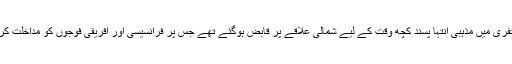
اس افراتفری میں مذہبی انتہا پسند کچھ وقت کے لیے شمالی علاقے پر قابض ہوگئے تھے جس پر فرانسیسی اور افریقی فوجوں کو مداخلت کرنا پڑی۔